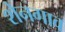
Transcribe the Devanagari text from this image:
शेनगाव